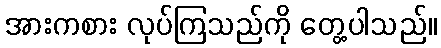
အားကစား လုပ်ကြသည်ကို တွေ့ပါသည်။